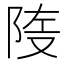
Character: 𲉑